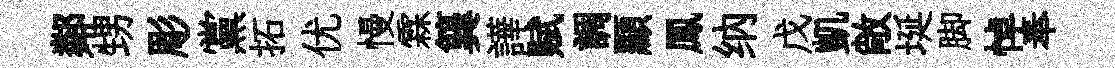
鄰甥彫黨拓优慢霖簨譁赋調顯鳳纳戊凱敞埏脚悼奉